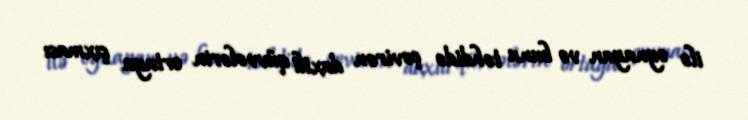
ilə oynayan və bunu təhdidə çevirən daxili qüvvələrin ortaya çıxması